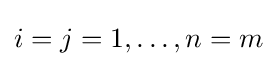
i=j=1,\ldots ,n=m